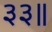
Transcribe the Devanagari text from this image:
३३॥